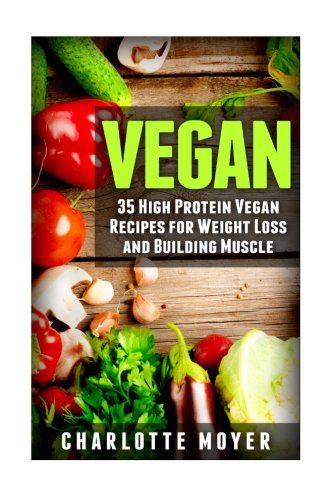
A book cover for Vegan: 35 High Protein Vegan Recipes for Weight Loss and Building Muscle; Charlotte Moyer; Health, Fitness & Dieting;